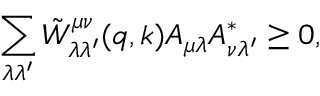
\sum _ { \lambda \lambda ^ { \prime } } \tilde { W } _ { \lambda \lambda ^ { \prime } } ^ { \mu \nu } ( q , k ) A _ { \mu \lambda } A _ { \nu \lambda ^ { \prime } } ^ { \ast } \geq 0 ,